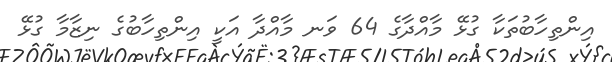
އިންތިހާބުތަކާ ގުޅޭ މާއްދާގެ 64 ވަަނ މާއްދާ އަކީ އިންތިހާބުގެ ނިޒާމާ ގުޅޭ